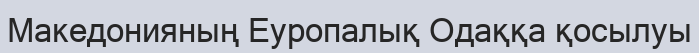
Македонияның Еуропалық Одаққа қосылуы